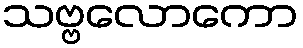
သဗ္ဗလောကော